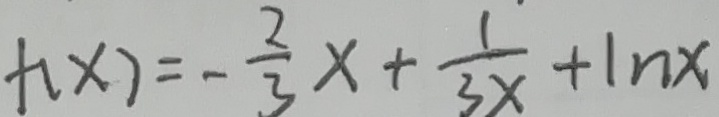
f ( x ) = - \frac { 2 } { 3 } x + \frac { 1 } { 3 x } + 1 n x